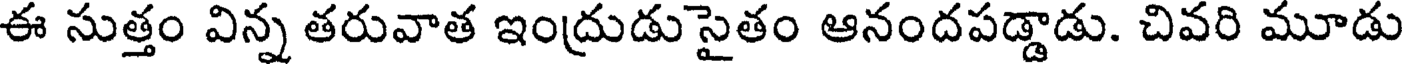
ఈ సుత్తం విన్న తరువాత ఇంద్రుడు సైతం ఆనందపడ్డాడు. చివరి మూడు